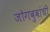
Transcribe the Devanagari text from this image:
जोगबुवांची